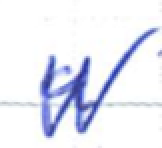
Text: a
Cross-out: zig-zag
Writing tool: ballpoint